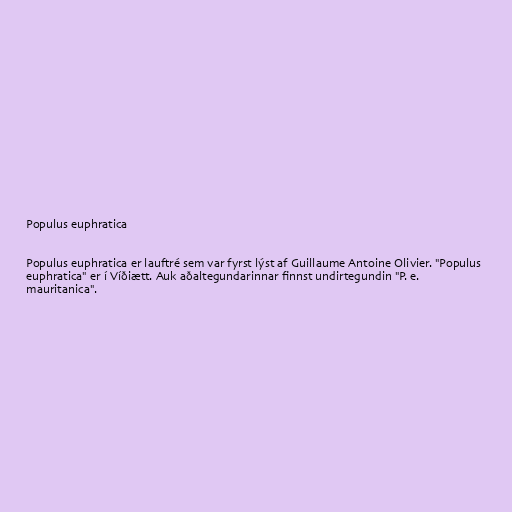
Populus euphratica

Populus euphratica er lauftré sem var fyrst lýst af Guillaume Antoine Olivier. "Populus
euphratica" er í Víðiætt. Auk aðaltegundarinnar finnst undirtegundin "P. e.
mauritanica".